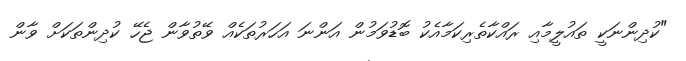
"ކުދިންނަކީ ތައުލީމާއި ރައްކާތެރިކަމާއެކު ބޮޑުވަމުން އަންނަ އަހަރުތަކެއް ވޭތުވާން ޖެހޭ ކުދިންތަކަށް ވާން